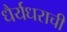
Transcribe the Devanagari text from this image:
धैर्यधराची